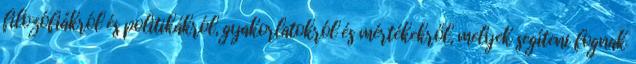
filozófiákról és politikákról, gyakorlatokról és mértékekről, melyek segíteni fognak